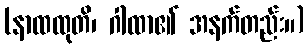
(နာထထုတိ၊ ဂါထာ၏ အနက်တည်း။)